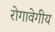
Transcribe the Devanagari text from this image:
रोगावेगीय